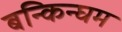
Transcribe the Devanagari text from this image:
बन्किन्घम